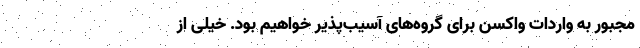
مجبور به واردات واکسن برای گروه‌های آسیب‌پذیر خواهیم بود. خیلی از